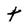
Character: t